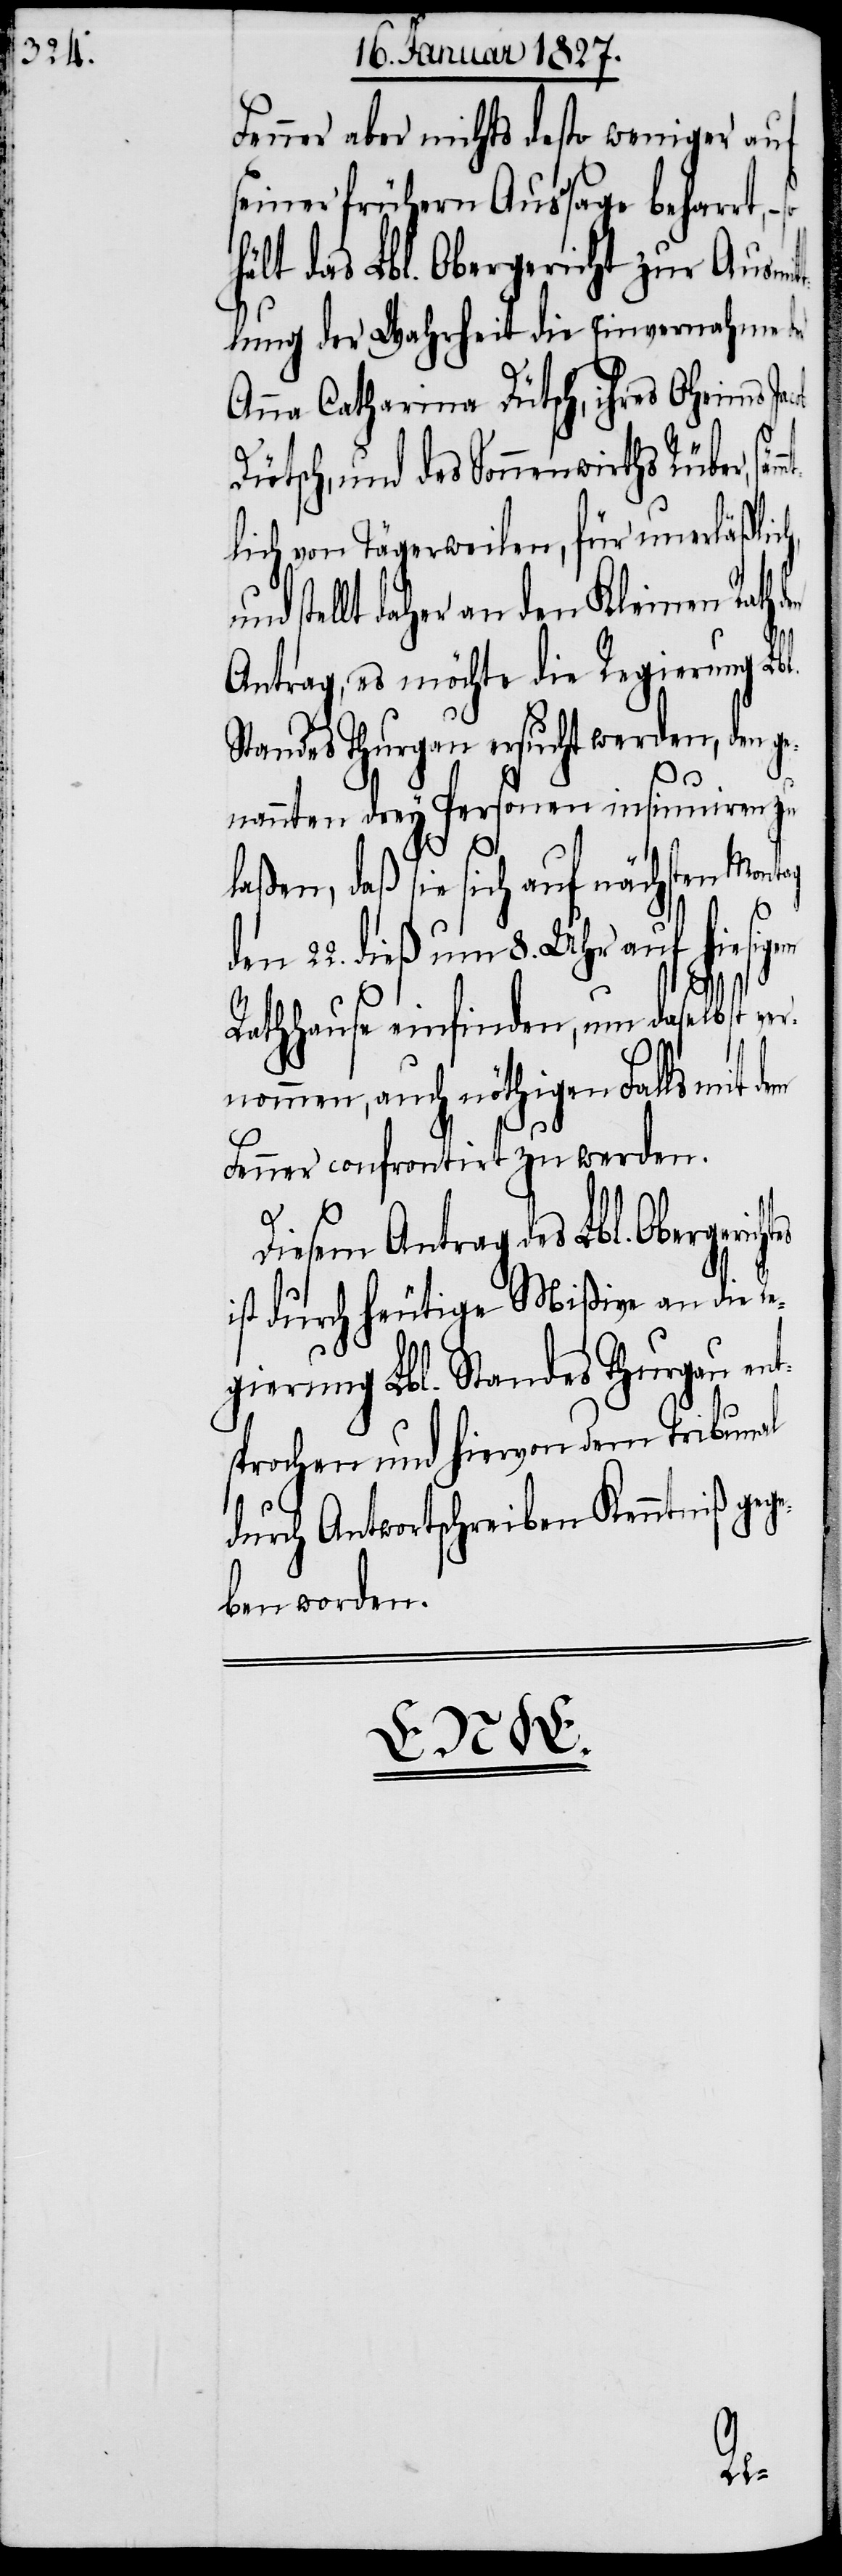
Fenner aber nichts desto weniger auf
seiner frühern Aussage beharrt,
hält das Lbl. Obergericht zur Ausmit¬
tlung der Wahrheit die Einvernahme
Anna Catharina Dütsch, ihres Oheims
ütsch, und des Sonnenwirths Rüber, s¬
lich von Tägerweilen, für unerläßli¬
stellt daher an den Kleinen Rath
Antrag, es möchte die Regierung Lb¬
Standes Thurgau ersucht werden, den ge¬
nannten drey Personen insinuiren zu
en Montag
laßen, daß sie sich auf näch¬
den 22. dieß um 8. Uhr auf hiesig¬
Rathhause einfinden, um daselbst ver¬
nommen, auch nöthigen Falls mit
Fenner confrontirt zu werden.
ege¬
Diesem Antrag des Lbl.
ist durch heutige Mißive an die Re¬
au ent¬
gierung Lbl. Standes T¬
sprochen und hiervon dem Tribunal
durch Antwortschreiben Kenntniß g¬
ben worden.

em